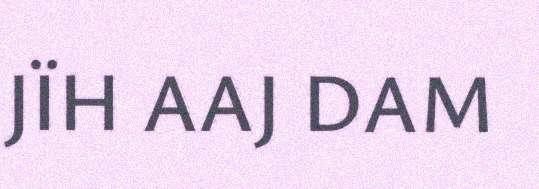
JÏH AAJ DAM